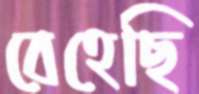
বেহেছি